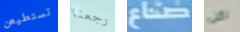
تستطيعن رجعنا صناع لكن